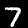
Label: 7